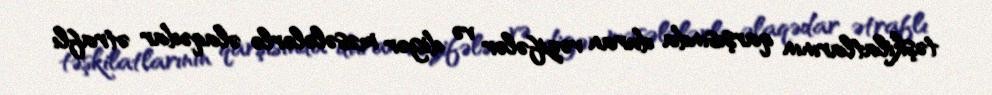
təşkilatlarının qarşısında duran vəzifələr və digər məsələlərlə əlaqədar ətraflı